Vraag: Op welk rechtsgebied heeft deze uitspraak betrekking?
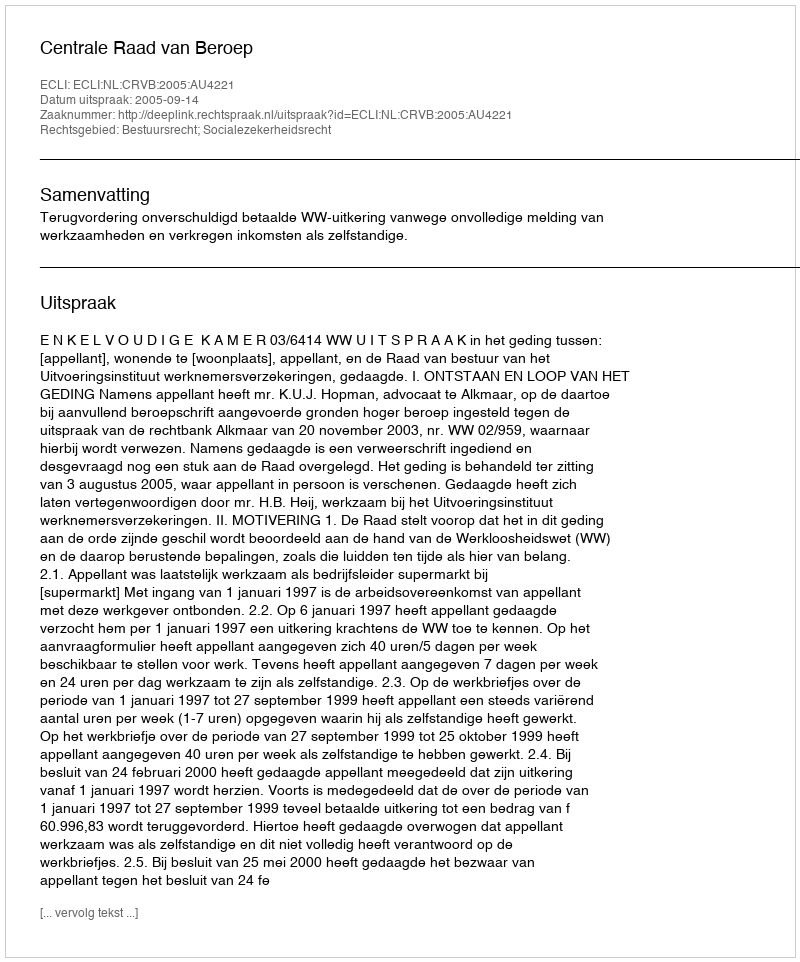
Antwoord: Bestuursrecht; Socialezekerheidsrecht